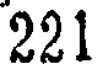
221